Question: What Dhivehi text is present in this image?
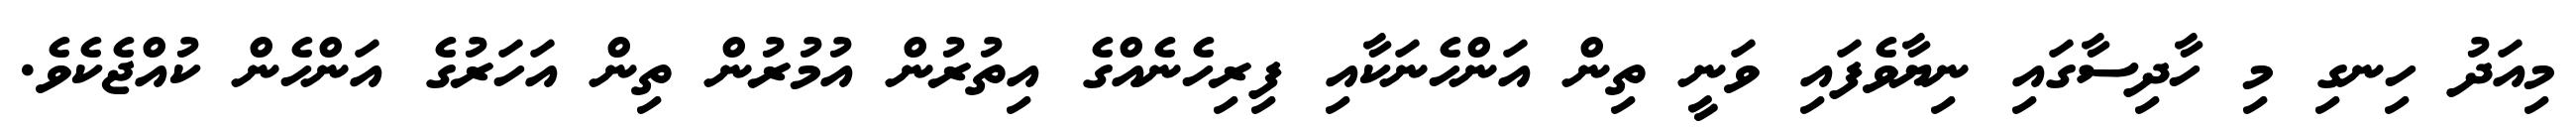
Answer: މިއަދު ހިނގި މި ހާދިސާގައި ނިޔާވެފައި ވަނީ ތިން އަންހެނަކާއި ފިރިހެނެއްގެ އިތުރުން އުމުރުން ތިން އަހަރުގެ އަންހެން ކުއްޖެކެވެ.